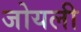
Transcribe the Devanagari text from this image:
जोयली